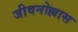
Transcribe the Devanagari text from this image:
जीवनोल्लास